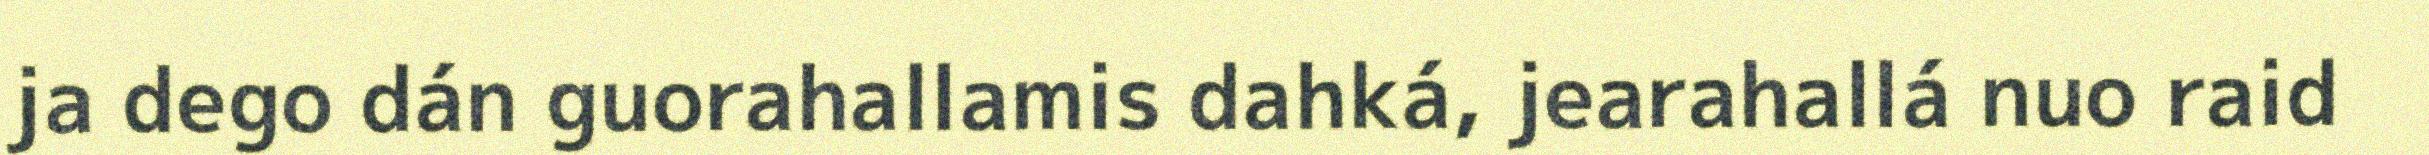
ja dego dán guorahallamis dahká, jearahallá nuo raid